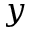
y